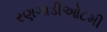
રણગાડીઓ૮મી